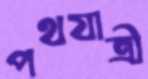
পথযাত্রী